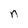
Character: n